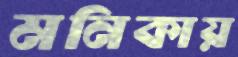
মনিকায়